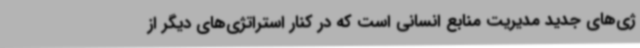
ژی‌های جدید مدیریت منابع انسانی است که در کنار استراتژی‌های دیگر از